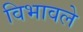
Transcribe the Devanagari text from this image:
विभावले